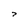
Character: 7